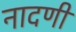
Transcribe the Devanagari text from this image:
नादणी